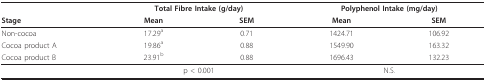
|  | <COLSPAN=2> Total Fibre Intake (g/day) | <COLSPAN=2> Polyphenol Intake (mg/day) |
 | Stage | Mean | SEM | Mean | SEM |
 | --- | --- | --- | --- | --- |
 | Non-cocoa | 17.29a | 0.71 | 1424.71 | 106.92 |
 | Cocoa product A | 19.86a | 0.88 | 1549.90 | 163.32 |
 | Cocoa product B | 23.91b | 0.88 | 1696.43 | 132.23 |
 |  | <COLSPAN=2> p < 0.001 | <COLSPAN=2> N.S. |